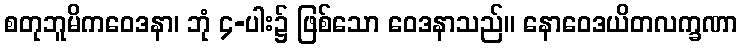
စတုဘူမိကဝေဒနာ၊ ဘုံ ၄-ပါး၌ ဖြစ်သော ဝေဒနာသည်။ နောဝေဒယိတလက္ခဏာ